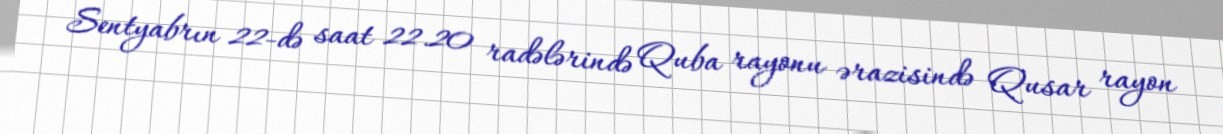
Sentyabrın 22-də saat 22.20 radələrində Quba rayonu ərazisində Qusar rayon